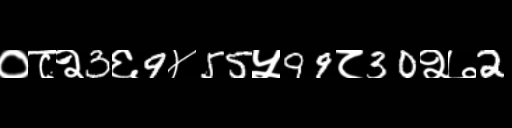
Text: ०८२3६9४55५99८30२७2